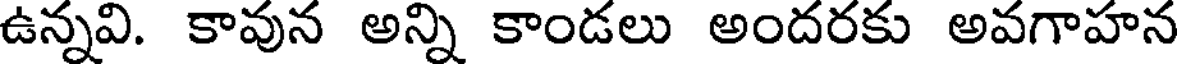
ఉన్నవి. కావున అన్ని కాండలు అందరకు అవగాహన